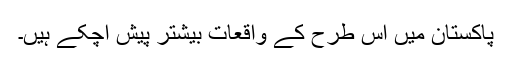
پاکستان میں اس طرح کے واقعات بیشتر پیش آچکے ہیں۔